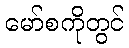
မော်စကိုတွင်